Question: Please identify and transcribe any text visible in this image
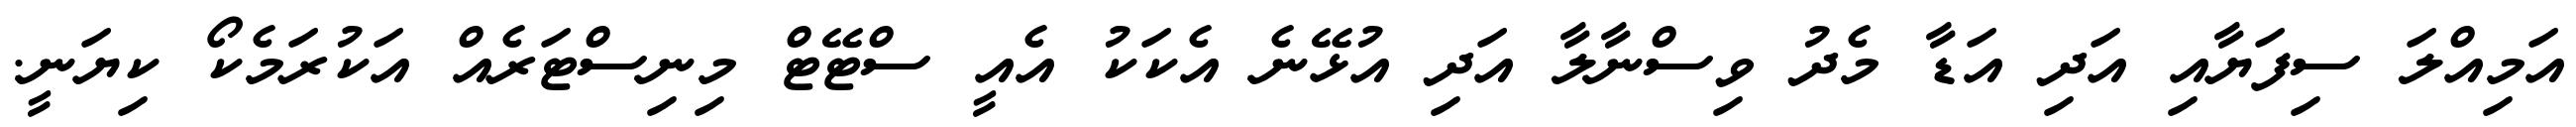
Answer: އަމިއްލަ ސިފަޔާއި އަދި އަޑާ މެދު ވިސްނާލާ އަދި އުޅޭނެ އެކަކު އެއީ ސްޓޭޓް މިނިސްޓަރެއް އަކުރަމެކޯ ކިޔަނީ.